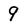
Character: 9